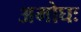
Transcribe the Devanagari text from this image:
अमोघः